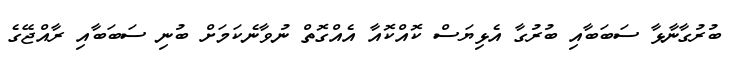
ބުރުގާނާޅާ ސަބަބާއި ބުރުގާ އެޅިޔަސް ކޮއްކޮއާ އެއްގޮތް ނުވާނެކަމަށް ބުނި ސަބަބާއި ރާއްޖޭގެ